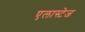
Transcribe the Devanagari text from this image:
एलास्टेज